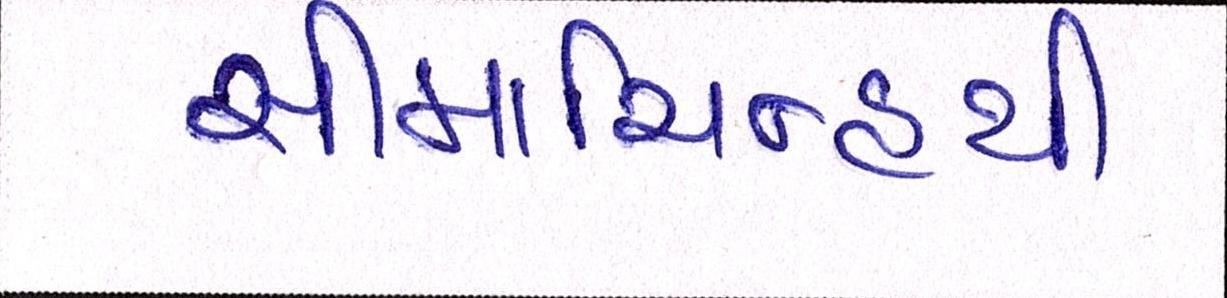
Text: સીમાચિન્હથી